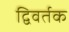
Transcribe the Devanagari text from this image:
द्विवर्तक